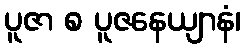
ပူဇာ စ ပူဇနေယျာနံ၊